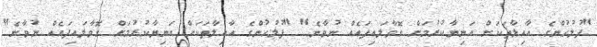
"ފުލުހުންގެ އާއިލާތަކަށް އަނިޔާކުރުމަށް ގޮވާލައިފައެއް ނުވާނެ" "ފުލުހުންގެ އާއިލާތަކަށް އަނިޔާކުރުމަށް ގޮވާލައިފައެއް ނުވާނެ"